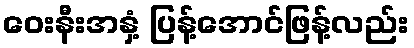
ဝေးနီးအနှံ့ ပြန့်အောင်ဖြန့်လည်း